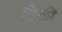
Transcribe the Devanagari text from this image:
ठिकी